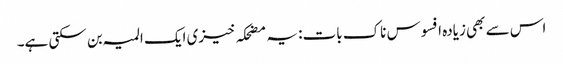
اس سے بھی زیادہ افسوس ناک بات: یہ مضحکہ خیزی ایک المیہ بن سکتی ہے۔